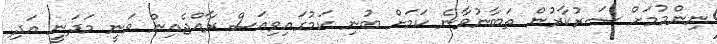
ނިންމުމަށް ސަރުކާރުން ތަބާނުވާނެ ކަމަށް ބުނި ކަމުގައިވިއަސް ރާއްޖެއިން ވަނީ މަދަނީ އަދި